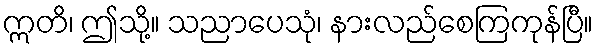
ဣတိ၊ ဤသို့။ သညာပေသုံ၊ နားလည်စေကြကုန်ပြီ။